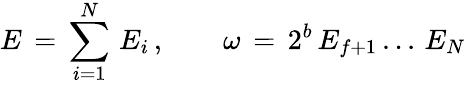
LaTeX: E\, =\, \sum_{i=1}^{N}\, E_{i}\, ,\qquad\omega\, =\, 2^{b}\, E_{f+1}\, ...\, E_{N}